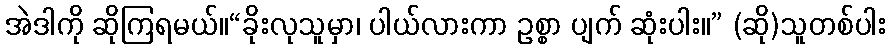
အဲဒါကို ဆိုကြရမယ်။“ခိုးလုသူမှာ၊ ပါယ်လားကာ ဥစ္စာ ပျက် ဆုံးပါး။” (ဆို)သူတစ်ပါး